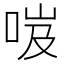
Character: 𠲺